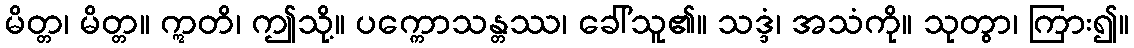
မိတ္တ၊ မိတ္တ။ ဣတိ၊ ဤသို့။ ပက္ကောသန္တဿ၊ ခေါ်သူ၏။ သဒ္ဒံ၊ အသံကို။ သုတွာ၊ ကြား၍။